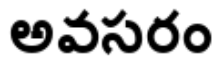
అవసరం